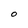
Character: o